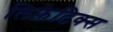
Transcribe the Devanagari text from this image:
लिफ़ैटिक्स